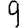
Digit: 9